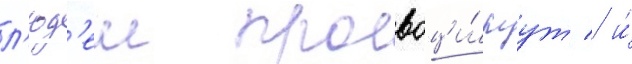
л'юд'еи провоци́руут / и́